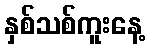
နှစ်သစ်ကူးနေ့